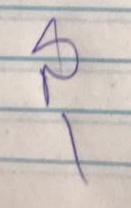
สุ